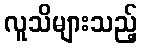
လူသိများသည့်